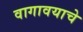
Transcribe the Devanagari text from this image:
वागावयाचे